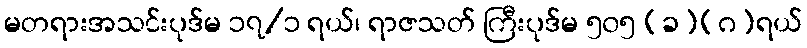
မတရားအသင်းပုဒ်မ ၁၇/၁ ရယ်၊ ရာဇသတ် ကြီးပုဒ်မ ၅၀၅ (ခ)(ဂ)ရယ်